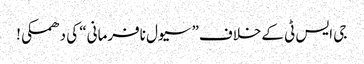
جی ایس ٹی کےخلاف” سیول نافرمانی“ کی دھمکی!